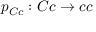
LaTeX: p _ { C c } : C c \rightarrow c c